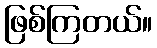
ဖြစ်ကြတယ်။